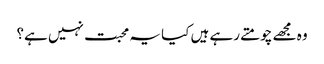
وہ مجھے چومتے رہے ہیں کیا یہ محبت نہیں ہے؟